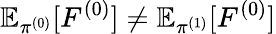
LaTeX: \mathbb{E}_{\pi^{(0)}}[F^{(0)}]\neq\mathbb{E}_{\pi^{(1)}}[F^{(0)}]